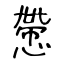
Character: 慸